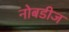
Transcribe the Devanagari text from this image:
नोबडीज